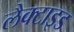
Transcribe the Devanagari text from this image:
लैक्टाइड